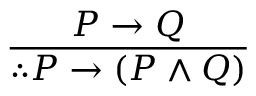
\frac { P \to Q } { \therefore P \to ( P \land Q ) }